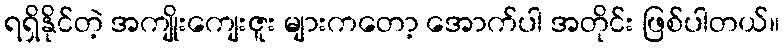
ရရှိနိုင်တဲ့ အကျိုးကျေးဇူး များကတော့ အောက်ပါ အတိုင်း ဖြစ်ပါတယ်။